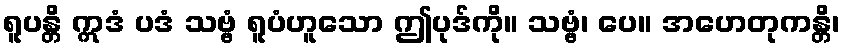
ရူပန္တိ ဣဒံ ပဒံ သဗ္ဗံ ရူပံဟူသော ဤပုဒ်ကို။ သဗ္ဗံ၊ ပေ။ အဟေတုကန္တိ၊